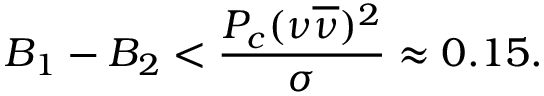
B _ { 1 } - B _ { 2 } < \frac { P _ { c } ( \nu \overline { { { \nu } } } ) ^ { 2 } } { \sigma } \approx 0 . 1 5 .